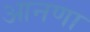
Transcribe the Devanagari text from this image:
आनणा